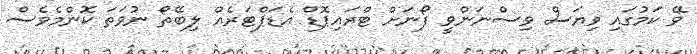
ވޭ ކަމުގައި ވިޔަސް ވިސްނަންވީ ފޯނަށް ޓްރައިޕޮޑް އެޑަޕްޓަރެއް ލިބޭތޯ ނުވަތަ ކޮންމެވެސް